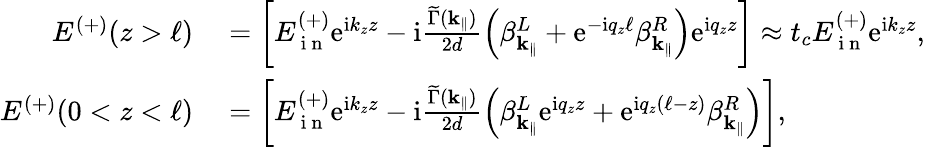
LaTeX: \begin{array}{rl}{E^{(+)}(z>\ell)}&{{}=\left[E_{\mathrm{~i~n~}}^{(+)}\mathrm{e}^{\mathrm{i}k_{z}z}-\mathrm{i}\frac{\widetilde\Gamma(\mathbf{k}_{\parallel})}{2d}\left(\beta_{\mathbf{k}_{\parallel}}^{L}+\mathrm{e}^{-\mathrm{i}q_{z}\ell}\beta_{\mathbf{k}_{\parallel}}^{R}\right)\mathrm{e}^{\mathrm{i}q_{z}z}\right]\approx t_{c}E_{\mathrm{~i~n~}}^{(+)}\mathrm{e}^{\mathrm{i}k_{z}z},}\\ {E^{(+)}(0<z<\ell)}&{{}=\left[E_{\mathrm{~i~n~}}^{(+)}\mathrm{e}^{\mathrm{i}k_{z}z}-\mathrm{i}\frac{\widetilde\Gamma({\mathbf{k}_{\parallel}})}{2d}\left(\beta_{\mathbf{k}_{\parallel}}^{L}\mathrm{e}^{\mathrm{i}q_{z}z}+\mathrm{e}^{\mathrm{i}q_{z}(\ell-z)}\beta_{\mathbf{k}_{\parallel}}^{R}\right)\right],}\end{array}